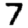
Digit: 7